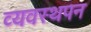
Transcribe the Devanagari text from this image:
व्यवस्थपन